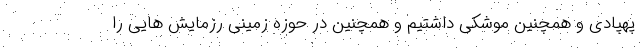
پهپادی و همچنین موشکی داشتیم و همچنین در حوزه زمینی رزمایش هایی را